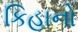
કિહાનો